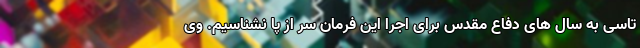
تاسی به سال های دفاع مقدس برای اجرا این فرمان سر از پا نشناسیم. وی